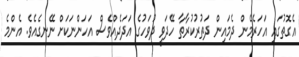
އެގޮތުގައި އަހަރެމެން ދެމައިން ދަތުރުކުރާތާ ހޭދަވީ ދުވަހުގެ އަދަދެއްވެސް އަހަންނަކަށް ނޭނގެއެވެ. އެންމެ